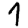
Digit: 1